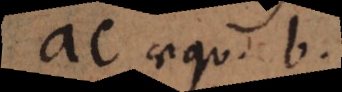
ac aequ. b.